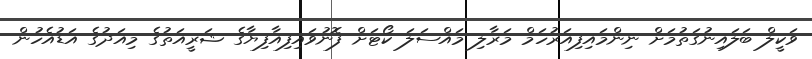
ވަކީލް ބަލައިނުގަތުމަށް ނިންމައިފިއަރުހަމް މަރާލި މައްސަލަ ކޯޓަށް ފޮނުވައިފިއާފިޔާގެ ޝަރީއަތުގެ މިއަދުގެ އަޑުއެހުން